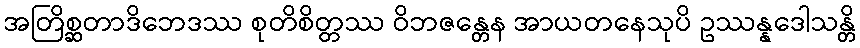
အတြိစ္ဆတာဒိဘေဒဿ စုတိစိတ္တဿ ဝိဘဇန္တေန အာယတနေသုပိ ဥဿန္နဒေါသန္တိ